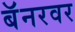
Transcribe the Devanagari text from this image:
बॅनरवर